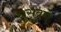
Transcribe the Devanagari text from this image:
घुसवणे